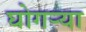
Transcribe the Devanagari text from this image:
घोगर्‍या